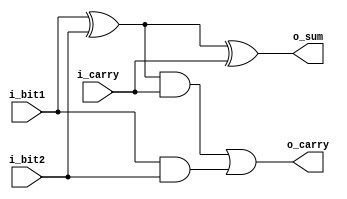
`timescale 1ns / 1ps

module full_adder(
	input  i_bit1,
 	input  i_bit2,
 	input  i_carry,
	output o_sum,
 	output o_carry

    );

	assign o_sum   = i_bit1 ^ i_bit2 ^ i_carry;
    assign o_carry = ((i_bit1 ^ i_bit2) & i_carry) | (i_bit1 & i_bit2);


// More clear method
 
//   wire   w_WIRE_1;
//   wire   w_WIRE_2;
//   wire   w_WIRE_3;
       
//   assign w_WIRE_1 = i_bit1 ^ i_bit2;
//   assign w_WIRE_2 = w_WIRE_1 & i_carry;
//   assign w_WIRE_3 = i_bit1 & i_bit2;
 
//   assign o_sum   = w_WIRE_1 ^ i_carry;
//   assign o_carry = w_WIRE_2 | w_WIRE_3;

// The third method
// assign {o_carry, o_sum} = i_bit1 + i_bit2 + i_carry;

endmodule